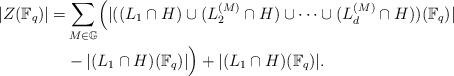
LaTeX: \begin{align*} | Z(\mathbb{F}_q)| = &\sum_{M \in \mathbb{G}} \Bigl( |((L_1\cap H) \cup (L_2^{(M)}\cap H) \cup \dots \cup (L_d^{(M)}\cap H))(\mathbb{F}_q)| \\ & -|(L_1\cap H)(\mathbb{F}_q)| \Bigr) + |(L_1\cap H)(\mathbb{F}_q)|. \end{align*}